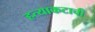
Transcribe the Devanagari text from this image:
हत्याकटाची